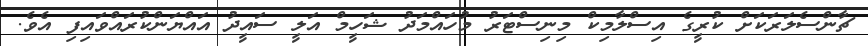
ޗާންސެލަރަކަށް ކުރީގެ އިސްލާމިކް މިނިސްޓަރު މުހައްމަދު ޝަހީމް އަލީ ސައީދު އަައްޔަންކުރައްވައިފި އެވެ.